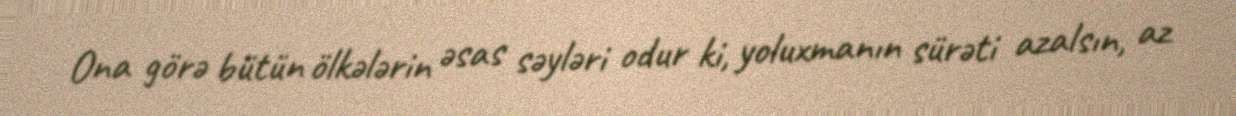
Ona görə bütün ölkələrin əsas səyləri odur ki, yoluxmanın sürəti azalsın, az